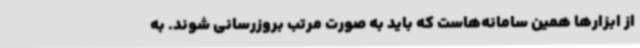
از ابزارها همین سامانه‌هاست که باید به صورت مرتب بروزرسانی شوند. به